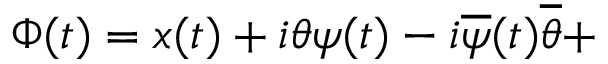
\Phi ( t ) = x ( t ) + i \theta \psi ( t ) - i \overline { { { \psi } } } ( t ) \overline { { { \theta } } } +